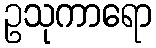
ဥသုကာရော